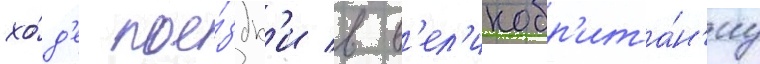
хо́д'е пое́здк'и в в'ел'икобр'ита́н'иу